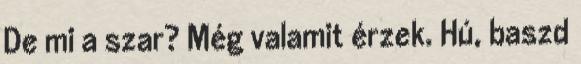
De mi a szar? Még valamit érzek. Hú, baszd